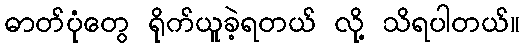
ဓာတ်ပုံတွေ ရိုက်ယူခဲ့ရတယ် လို့ သိရပါတယ်။